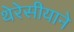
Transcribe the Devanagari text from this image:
थेरेसीयाने